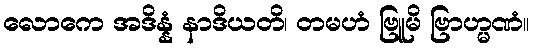
လောကေ အဒိန္နံ နာဒိယတိ၊ တမဟံ ဗြူမိ ဗြာဟ္မဏံ။